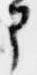
部